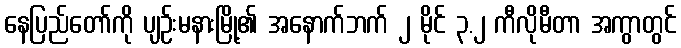
နေပြည်တော်ကို ပျဉ်းမနားမြို့၏ အနောက်ဘက် ၂ မိုင် ၃.၂ ကီလိုမီတာ အကွာတွင်